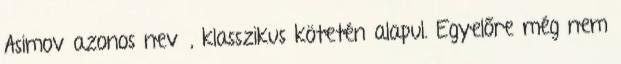
Asimov azonos nevű, klasszikus kötetén alapul. Egyelőre még nem